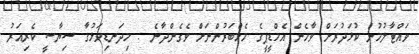
ވައްޓާލުމުން ކުޅަދުރަށް ވާހެން އެމްޑީޕީގެ މެމްބަރުންނަށް ވެގެންދާނެ . މިދަނޑިވަޅުގާ ސިޔާސީ ކެރިއަރު